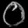
Digit: ၀